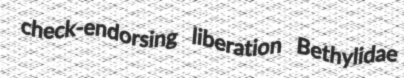
check-endorsing liberation Bethylidae